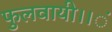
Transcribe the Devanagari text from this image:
फुलवायी।।ं